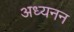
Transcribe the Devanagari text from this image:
अध्यनन